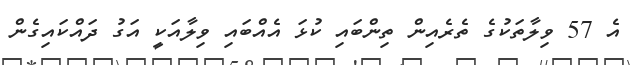
އެ 57 ވިލާތަކުގެ ތެރެއިން ތިންބައި ކުޅަ އެއްބައި ވިލާއަކީ އަގު ދައްކައިގެން